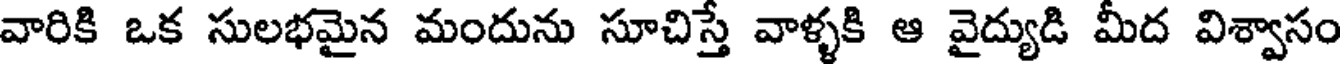
వారికి ఒక సులభమైన మందును సూచిస్తే వాళ్ళకి ఆ వైద్యుడి మీద విశ్వాసం